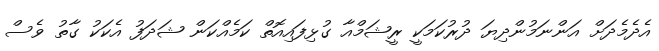
އެދެމެދަށް އަންނަމުންދިޔަ ދުރުކަމަކީ ރީޝަމްއާ ގުޅިފައިއޮތް ކަމެއްކަން ޝަދަފު އެކަކު ގާތު ވެސް